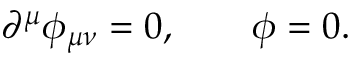
\partial ^ { \mu } \phi _ { \mu \nu } = 0 , \qquad \phi = 0 .